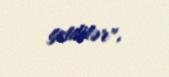
getdilər".